Annual report of the Punjab Veterinary College and of the Civil Veterinary Department, Punjab - 1894-1908
Year: 1894
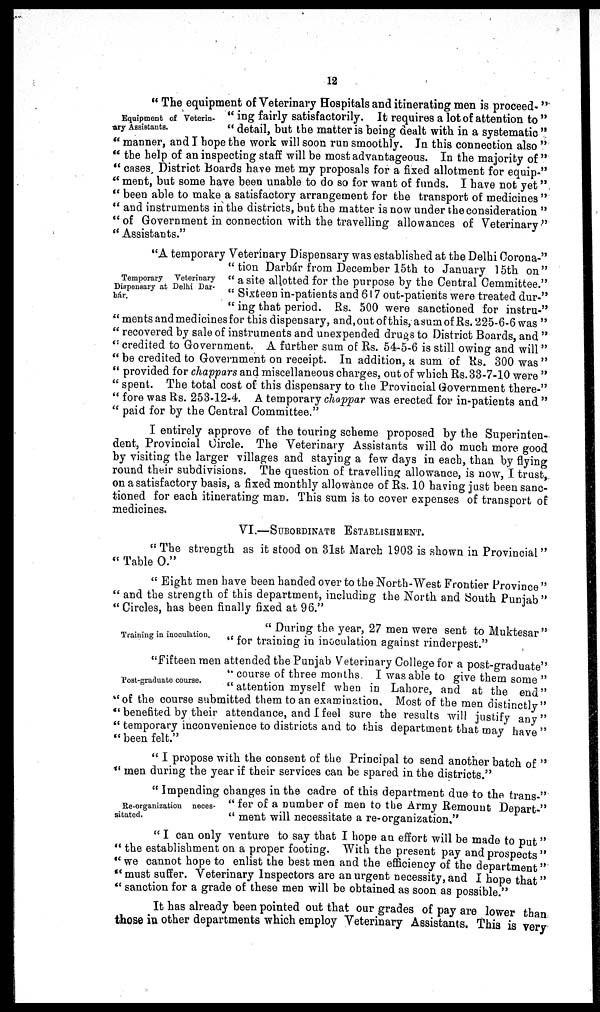
12
Equipment of Veterin-
ary Assistants.
" The equipment of Veterinary Hospitals and itinerating men is proceed-"
" ing fairly satisfactorily. It requires a lot of attention to "
" detail, but the matter is being dealt with in a systematic "
" manner, and I hope the work will soon run smoothly. In this connection also "
" the help of an inspecting staff will be most advantageous. In the majority of "
" cases. District Boards have met my proposals for a fixed allotment for equip-"
" ment, but some have been unable to do so for want of funds. I have not yet"
" been able to make a satisfactory arrangement for the transport of medicines "
" and instruments in the districts, but the matter is now under the consideration "
" of Government in connection with the travelling allowances of Veterinary "
" Assistants."
Temporary
Veterinary
Dispensary at Delhi Dar-
bár.
"A temporary Veterinary Dispensary was established at the Delhi Corona-"
" tion Darbár from December 15th to January 15th on"
" a site allotted for the purpose by the Central Cemmittee."
" Sixteen in-patients and 617 out-patients were treated dur-"
" ing that period. Rs. 500 were sanctioned for instru-"
"ments and medicines for this dispensary, and, out of this, a sum of Rs. 225-6-6 was "
" recovered by sale of instruments and unexpended drugs to District Boards, and "
" credited to Government. A further sum of Rs. 54-5-6 is still owing and will "
" be credited to Government on receipt. In addition, a sum of Rs. 300 was "
" provided for chappars and miscellaneous charges, out of which Rs. 33-7-10 were "
" spent. The total cost of this dispensary to the Provincial Government there-"
" fore was Rs. 253-12-4. A temporary chappar was erected for in-patients and "
" paid for by the Central Committee."
I entirely approve of the touring scheme proposed by the Superinten-
dent, Provincial Circle. The Veterinary Assistants will do much more good
by visiting the larger villages and staying a few days in each, than by flying
round their subdivisions. The question of travelling allowance, is now, I trust,
on a satisfactory basis, a fixed monthly allowance of Rs. 10 having just been sanc-
tioned for each itinerating man. This sum is to cover expenses of transport of
medicines.
VI.—SUBORDINATE ESTABLISHMENT.
" The strength as it stood on 31st March 1903 is shown in Provincial "
" Table O."
" Eight men have been handed over to the North-West Frontier Province "
" and the strength of this department, including the North and South Punjab"
"Circles, has been finally fixed at 96."
Training in inoculation.
" During the year, 27 men were sent to Muktesar "
" for training in inoculation against rinderpest."
Post-graduate course.
"Fifteen men attended the Punjab Veterinary College for a post-graduate"
" course of three months. I was able to give them some "
" attention myself when in Lahore, and at the end"
"of the course submitted them to an examination. Most of the men distinetly "
" benefited by their attendance, and I feel sure the results will justify any"
" temporary inconvenience to districts and to this department that may have"
" been felt."
" I propose with the consent of the Principal to send another batch of "
" men during the year if their services can be spared in the districts."
Re-organization neces-
sitated.
" Impending changes in the cadre of this department due to the trans-"
" fer of a number of men to the Army Remount Depart-"
" ment will necessitate a re-organization."
" I can only venture to say that I hope an effort will be made to put "
" the establishment on a proper footing. With the present pay and prospects "
" we cannot hope to enlist the best men and the efficiency of the department"
"must suffer. Veterinary Inspectors are an urgent necessity, and I hope that"
" sanction for a grade of these men will be obtained as soon as possible."
It has already been pointed out that our grades of pay are lower than
those in other departments which employ Veterinary Assistants. This is very